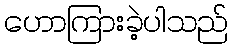
ဟောကြားခဲ့ပါသည်